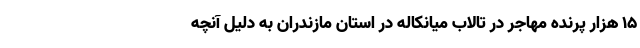
۱۵ هزار پرنده مهاجر در تالاب میانکاله در استان مازندران به دلیل آنچه